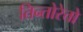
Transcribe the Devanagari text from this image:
तिन्तोरेत्तो